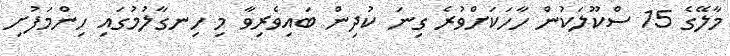
މާލޭގެ 15 ސްކޫލަކުން ހާހަކަށްވުރެ ގިނަ ކުދިން ބައިވެރިވާ މި ހިނގާލުމުގައި ހިންމަފުށި